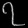
Digit: ၇